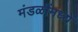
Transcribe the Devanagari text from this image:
मंडळींमध्यें